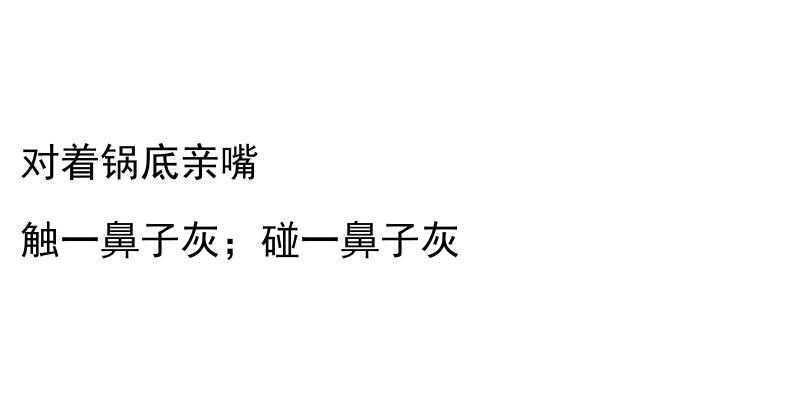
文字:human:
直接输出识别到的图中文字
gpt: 对着锅底亲嘴 触一鼻子灰；碰一鼻子灰